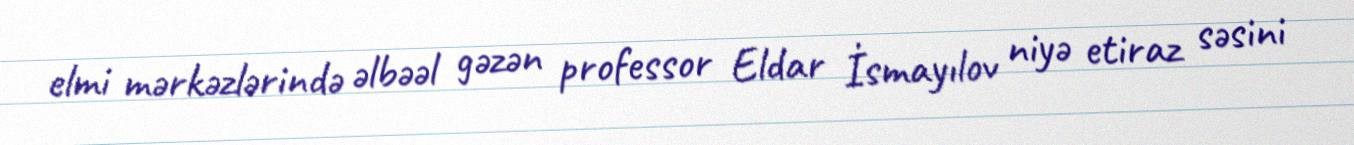
elmi mərkəzlərində əlbəəl gəzən professor Eldar İsmayılov niyə etiraz səsini